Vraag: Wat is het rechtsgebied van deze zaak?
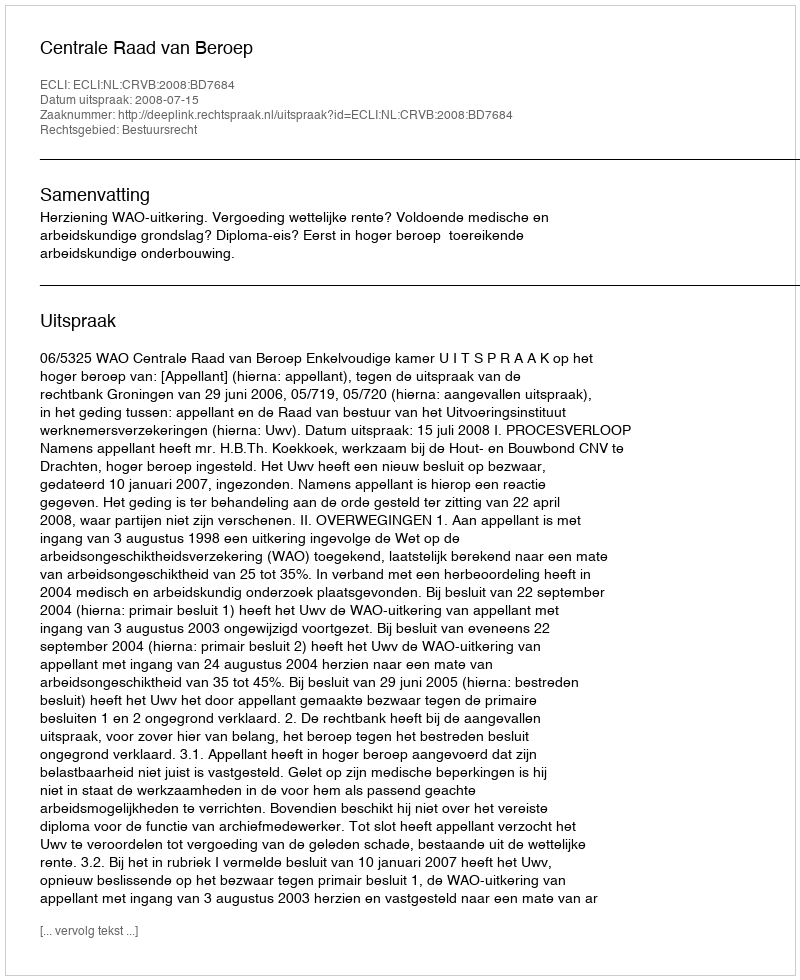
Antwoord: Bestuursrecht